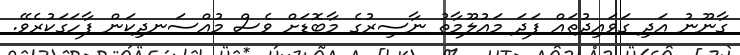
ގާނޫނު އަދި ގަވައިދުތައް ފަދަ މައުލޫމާތު ނާސިރުގެ މާބޮޑަށް ވެސް މުއްސަނދިކަން ފާހަގަކުރެވޭ.